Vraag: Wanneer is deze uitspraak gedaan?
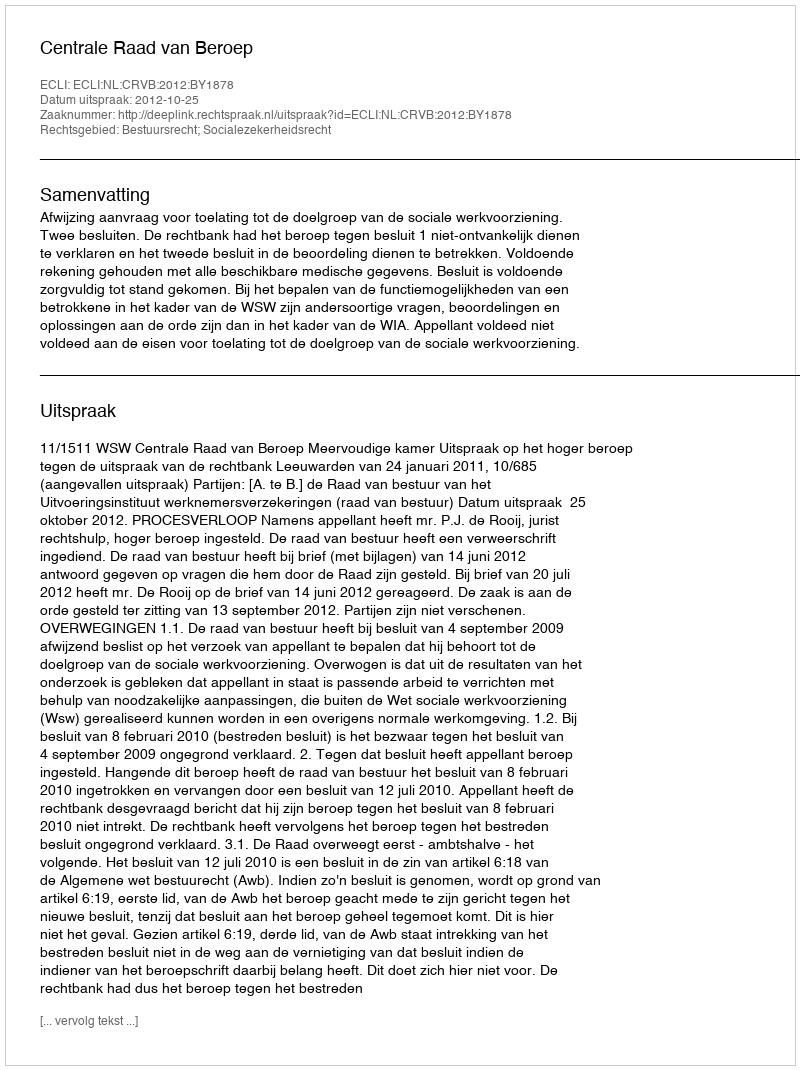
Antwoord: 2012-10-25